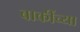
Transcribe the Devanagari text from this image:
बाकींच्या